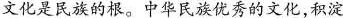
文化是民族的根。中华民族优秀的文化，积淀